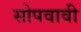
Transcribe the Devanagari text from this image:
सोपवावी